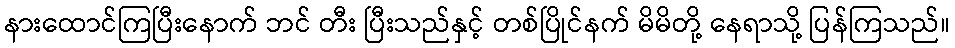
နားထောင်ကြပြီးနောက် ဘင် တီး ပြီးသည်နှင့် တစ်ပြိုင်နက် မိမိတို့ နေရာသို့ ပြန်ကြသည်။